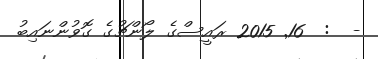
-  :  16